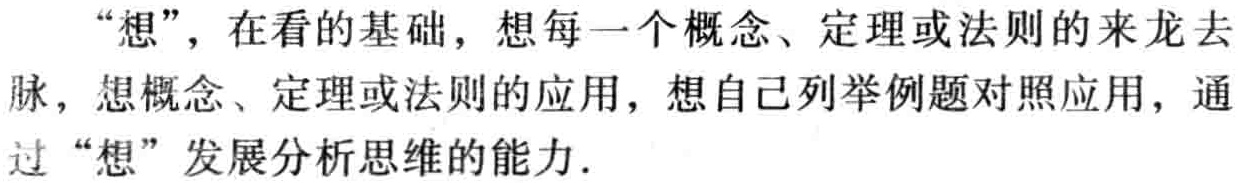
“想”，在看的基础，想每一个概念、定理或法则的来龙去脉，想概念、定理或法则的应用，想自己列举例题对照应用，通过“想”发展分析思维的能力.